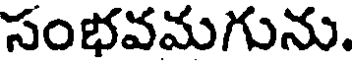
సంభవమగును.